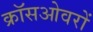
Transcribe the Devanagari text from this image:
क्रॉसओवरों